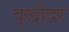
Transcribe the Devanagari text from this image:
वृद्धीदर